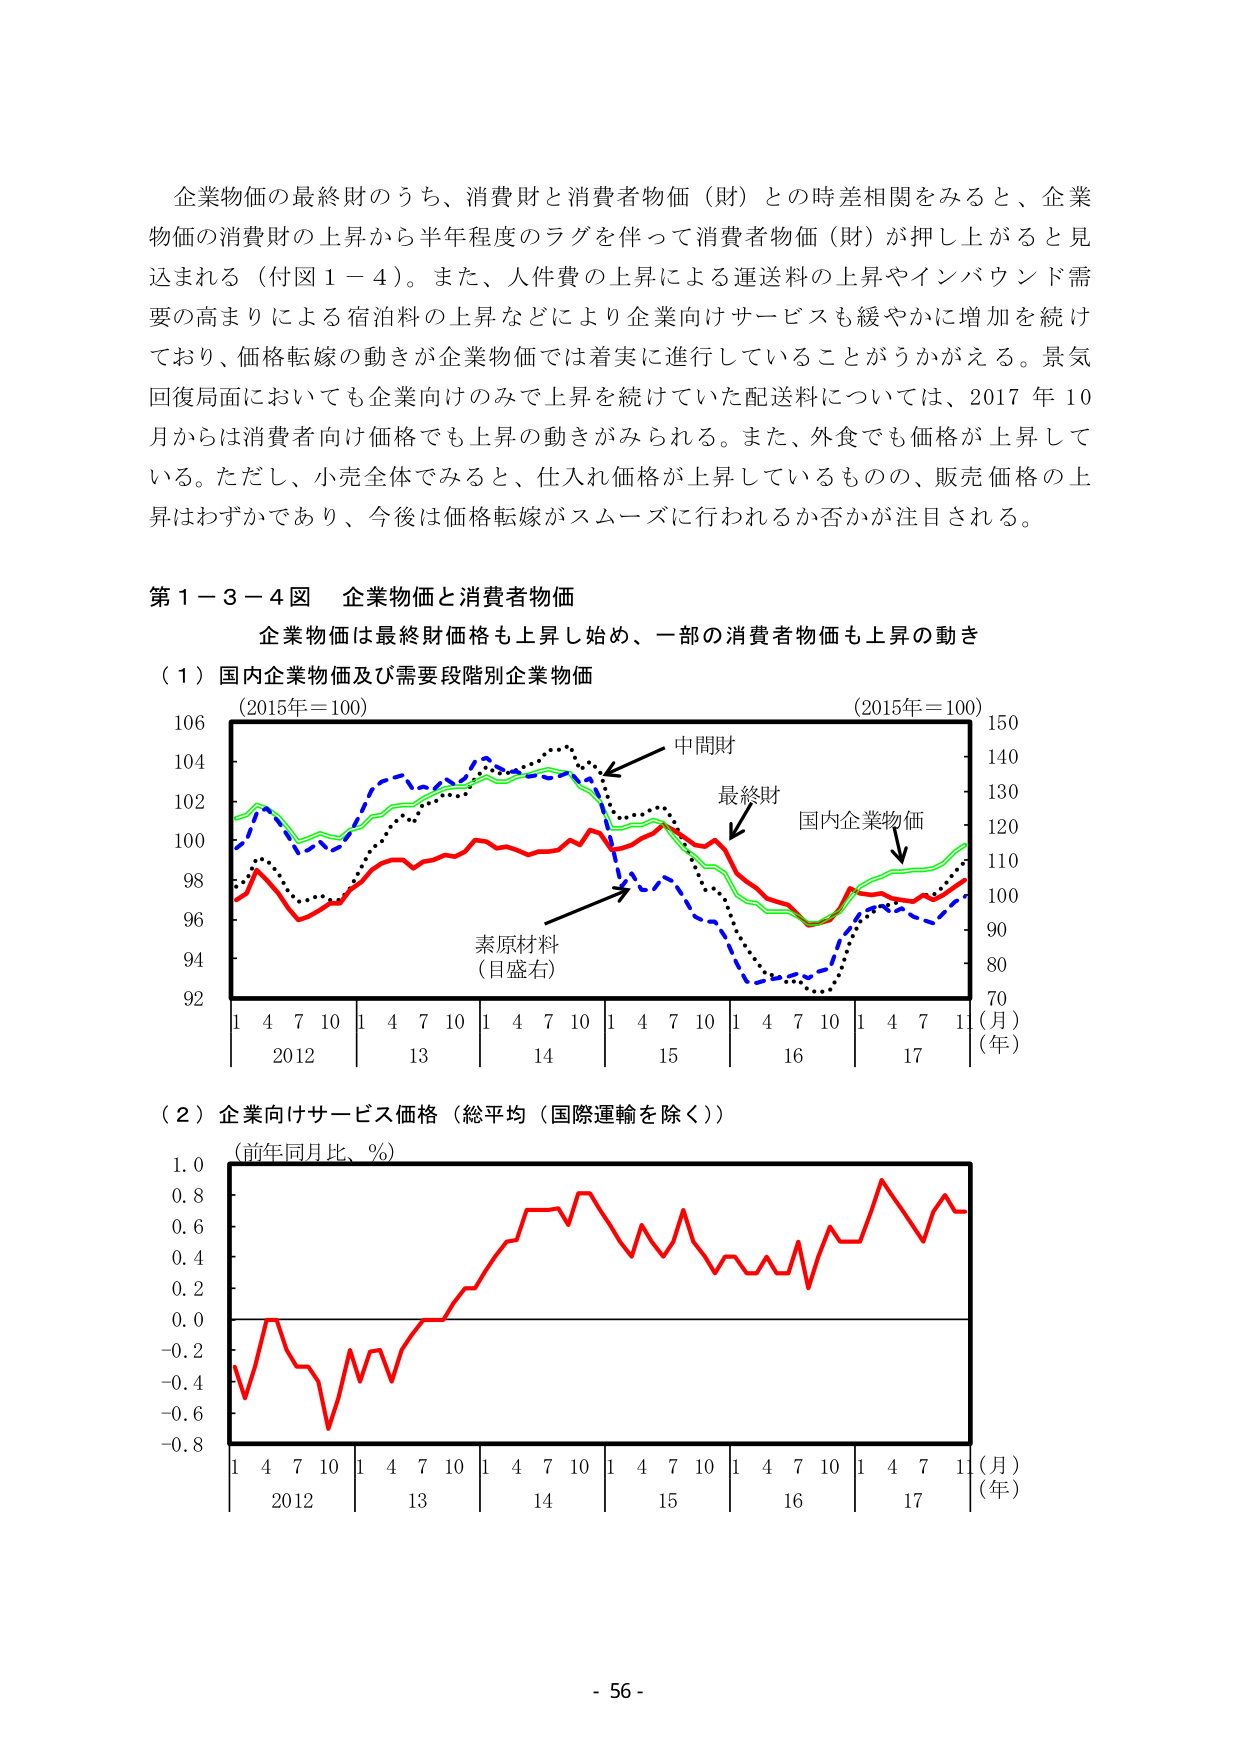
企業物価の最終財のうち、消費財と消費者物価（財）との時差相関をみると、企業物価の消費財の上昇から半年程度のラグを伴って消費者物価（財）が押し上がると見込まれる（付図１－４）。また、人件費の上昇による運送料の上昇やインバウンド需要の高まりによる宿泊料の上昇などにより企業向けサービスも緩やかに増加を続けており、価格転嫁の動きが企業物価では着実に進行していることがうかがえる。景気回復局面においても企業向けのみで上昇を続けていた配送料については、2017年10月からは消費者向け価格でも上昇の動きがみられる。また、外食でも価格が上昇している。ただし、小売全体でみると、仕入れ価格が上昇しているものの、販売価格の上昇はわずかであり、今後は価格転嫁がスムーズに行われるか否かが注目される。

第１－３－４図　企業物価と消費者物価
企業物価は最終財価格も上昇し始め、一部の消費者物価も上昇の動き

（１）国内企業物価及び需要段階別企業物価
（2015年＝100）　　　　　　　　　　　　　　　　　　　　　　　　　　（2015年＝100）
中間財
最終財
国内企業物価
素原材料
（目盛右）
106　　　　　　　　　　　　　　　　　　　　　　　　　　　　　　　　150
104　　　　　　　　　　　　　　　　　　　　　　　　　　　　　　　　140
102　　　　　　　　　　　　　　　　　　　　　　　　　　　　　　　　130
100　　　　　　　　　　　　　　　　　　　　　　　　　　　　　　　　120
98　　　　　　　　　　　　　　　　　　　　　　　　　　　　　　　　110
96　　　　　　　　　　　　　　　　　　　　　　　　　　　　　　　　100
94　　　　　　　　　　　　　　　　　　　　　　　　　　　　　　　　90
92　　　　　　　　　　　　　　　　　　　　　　　　　　　　　　　　80
70
1　4　7　10　1　4　7　10　1　4　7　10　1　4　7　10　1　4　7　10　1　4　7　11　（月）
2012　　　13　　　14　　　15　　　16　　　17　　　　　　　　（年）

（２）企業向けサービス価格（総平均（国際運輸を除く））
（前年同月比、％）
1.0
0.8
0.6
0.4
0.2
0.0
-0.2
-0.4
-0.6
-0.8
1　4　7　10　1　4　7　10　1　4　7　10　1　4　7　10　1　4　7　10　1　4　7　11　（月）
2012　　　13　　　14　　　15　　　16　　　17　　　　　　　　（年）

- 56 -